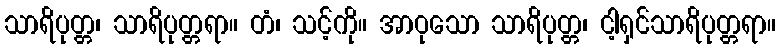
သာရိပုတ္တ၊ သာရိပုတ္တရာ။ တံ၊ သင့်ကို။ အာဝုသော သာရိပုတ္တ၊ ငါ့ရှင်သာရိပုတ္တရာ။